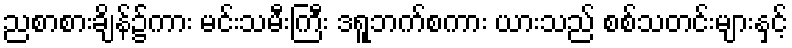
ညစာစားချိန်၌ကား မင်းသမီးကြီး ဒရူဘက်စကား ယားသည် စစ်သတင်းများနှင့်